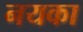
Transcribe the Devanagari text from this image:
नयका